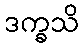
ဒက္ခသိ